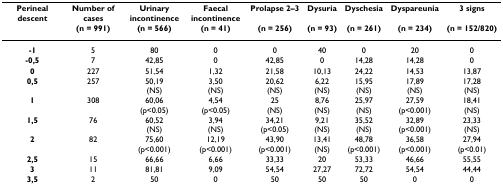
<table><thead><tr><td><b>Perineal descent</b></td><td><b>Number of cases</b></td><td><b>Urinary incontinence</b></td><td><b>Faecal incontinence</b></td><td><b>Prolapse 2–3</b></td><td><b>Dysuria</b></td><td><b>Dyschesia</b></td><td><b>Dyspareunia</b></td><td><b>3 signs</b></td></tr><tr><td></td><td><b>(n = 991)</b></td><td><b>(n = 566)</b></td><td><b>(n = 41)</b></td><td><b>(n = 256)</b></td><td><b>(n = 93)</b></td><td><b>(n = 261)</b></td><td><b>(n = 234)</b></td><td><b>(n = 152/820)</b></td></tr></thead><tbody><tr><td><b>-1</b></td><td>5</td><td>80</td><td>0</td><td>0</td><td>40</td><td>0</td><td>20</td><td>0</td></tr><tr><td><b>-0,5</b></td><td>7</td><td>42,85</td><td>0</td><td>42,85</td><td>0</td><td>14,28</td><td>14,28</td><td>0</td></tr><tr><td><b>0</b></td><td>227</td><td>51,54</td><td>1,32</td><td>21,58</td><td>10,13</td><td>24,22</td><td>14,53</td><td>13,87</td></tr><tr><td><b>0,5</b></td><td>257</td><td>50,19(NS)</td><td>3,50(NS)</td><td>20,62(NS)</td><td>6,22(NS)</td><td>15,95(NS)</td><td>17,89(NS)</td><td>17,28(NS)</td></tr><tr><td><b>1</b></td><td>308</td><td>60,06(p&lt;0.05)</td><td>4,54(p&lt;0.05)</td><td>25(NS)</td><td>8,76(NS)</td><td>25,97(NS)</td><td>27,59(p&lt;0.001)</td><td>18,41(NS)</td></tr><tr><td><b>1,5</b></td><td>76</td><td>60,52(NS)</td><td>3,94(NS)</td><td>34,21(p&lt;0.05)</td><td>9,21(NS)</td><td>35,52(NS)</td><td>32,89(p&lt;0.001)</td><td>23,33(NS)</td></tr><tr><td><b>2</b></td><td>82</td><td>75,60(p&lt;0.001)</td><td>12,19(p&lt;0.001)</td><td>43,90(p&lt;0.001)</td><td>13,41(NS)</td><td>48,78(p&lt;0.001)</td><td>36,58(p&lt;0.001)</td><td>27,94(p&lt;0.01)</td></tr><tr><td><b>2,5</b></td><td>15</td><td>66,66</td><td>6,66</td><td>33,33</td><td>20</td><td>53,33</td><td>46,66</td><td>55,55</td></tr><tr><td><b>3</b></td><td>11</td><td>81,81</td><td>9,09</td><td>54,54</td><td>27,27</td><td>72,72</td><td>54,54</td><td>44,44</td></tr><tr><td><b>3,5</b></td><td>2</td><td>50</td><td>0</td><td>50</td><td>50</td><td>50</td><td>0</td><td>0</td></tr></tbody></table>